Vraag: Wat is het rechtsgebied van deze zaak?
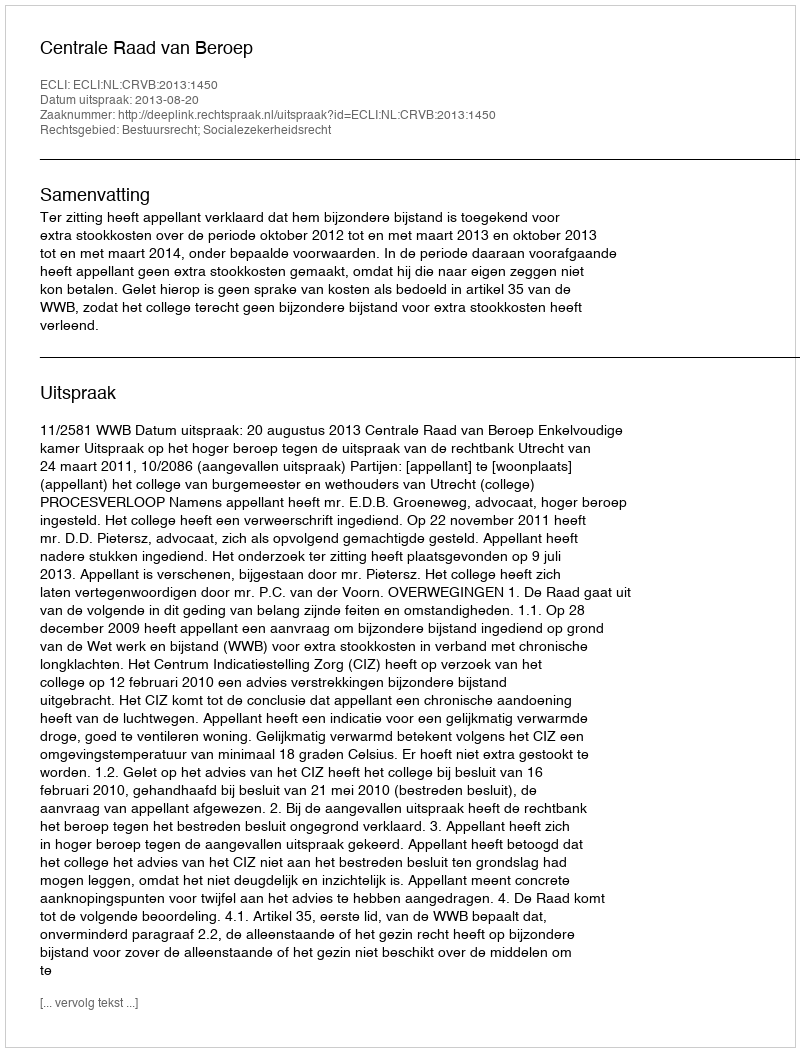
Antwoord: Bestuursrecht; Socialezekerheidsrecht